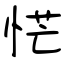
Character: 恾